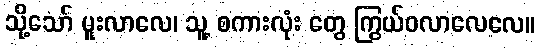
သို့သော် မူးလာလေ၊ သူ့ စကားလုံး တွေ ကြွယ်ဝလာလေလေ။